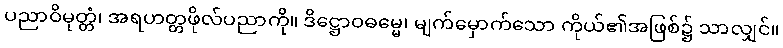
ပညာဝိမုတ္တံ၊ အရဟတ္တဖိုလ်ပညာကို။ ဒိဋ္ဌောဝဓမ္မေ၊ မျက်မှောက်သော ကိုယ်၏အဖြစ်၌ သာလျှင်။